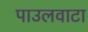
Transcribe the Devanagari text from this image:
पाउलवाटा